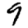
Digit: 9